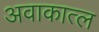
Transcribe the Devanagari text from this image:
अवाकात्ल